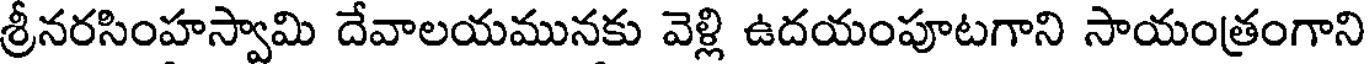
శ్రీనరసింహస్వామి దేవాలయమునకు వెళ్లి ఉదయంపూటగాని సాయంత్రంగాని